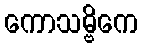
ကောသမ္ဗိကေ